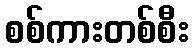
စစ်ကားတစ်စီး